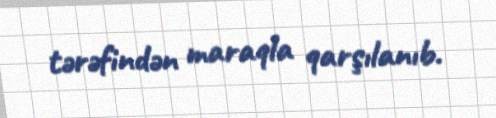
tərəfindən maraqla qarşılanıb.